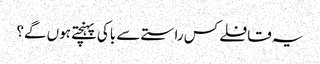
یہ قافلے کس راستے سے باکی پہنچتے ہوں گے؟